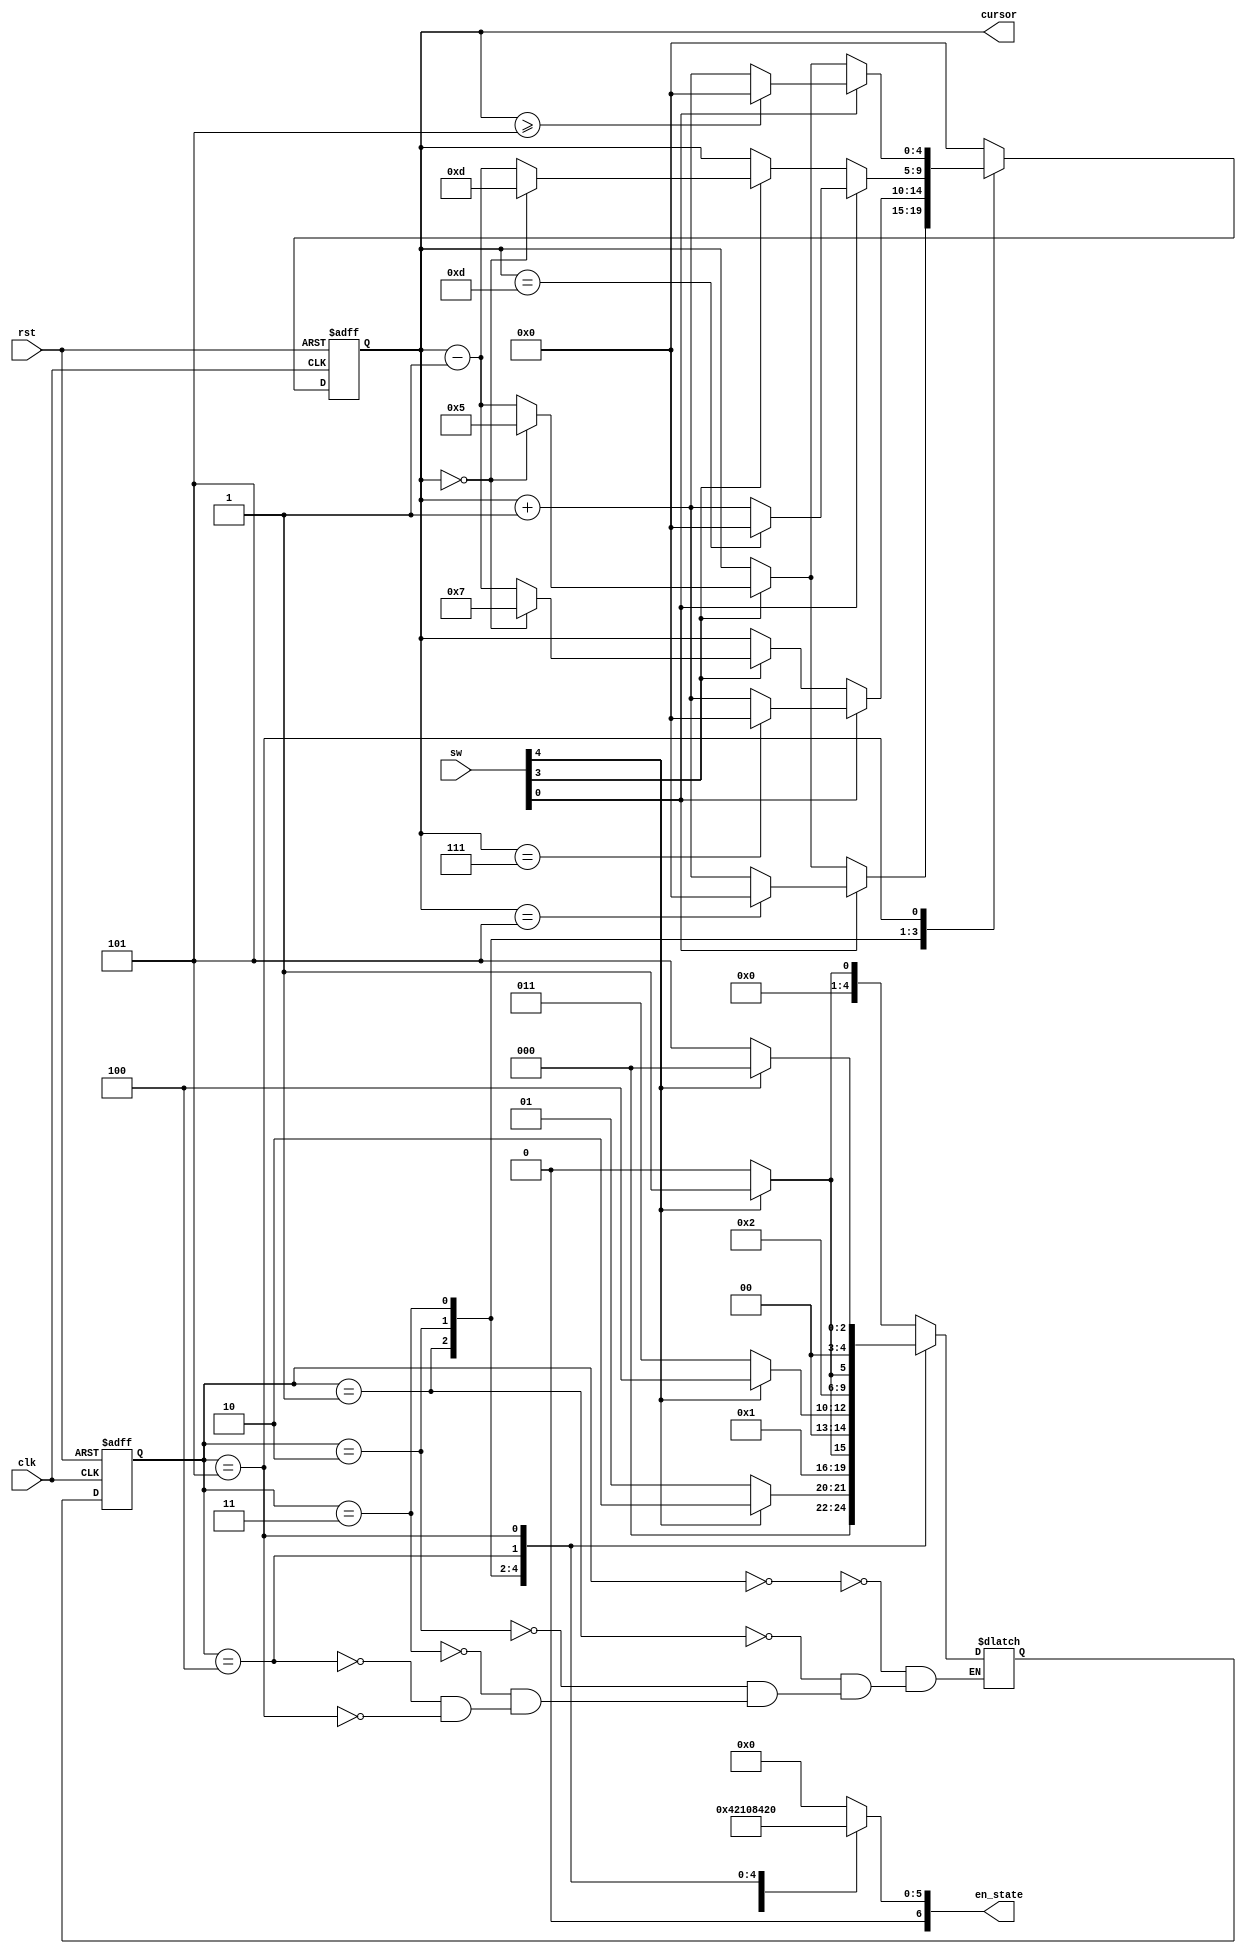
module fsm (
	clk, rst,
	sw,
	en_state,
	cursor
    );
	 input   clk, rst;
    input   [4:0] sw;
    output  [6:0] en_state;
    output  [4:0] cursor;

	 
	 wire          clk, rst;
    wire    [4:0] sw;
	 reg     [6:0] en_state;
    reg     [4:0] cursor;
    
   parameter  	WATCH 		= 3'b000;
	parameter	SET_WATCH	= 3'b001;
	parameter	SET_DATE		= 3'b010;	
	parameter	ALARM			= 3'b011;	
	parameter	STOP_WATCH	= 3'b100;
	parameter	TIMER			= 3'b101;
    
	reg [4:0]   state, next;

    // FSM
    always @(posedge clk or negedge rst) begin
        if (!rst)
            state <= WATCH;
        else
            state <= next;
    end

    always @(*) begin
       case (state)
            WATCH : begin
                if (sw[4])
                    next    <= SET_WATCH;
                else
                    next    <= WATCH;
            end

            SET_WATCH : begin
                if (sw[4])
                    next    <= SET_DATE;
                else
                    next    <= SET_WATCH;
            end

            SET_DATE : begin
                if (sw[4])
                    next    <= ALARM;
                else
                    next    <= SET_DATE;
            end
				
				ALARM : begin
					if (sw[4])
                    next    <= STOP_WATCH;
               else
                    next    <= ALARM;				
				end
				
				STOP_WATCH : begin
					if (sw[4])
                    next    <= TIMER;
               else
                    next    <= STOP_WATCH;				
				end
				
				TIMER		  : begin
					if (sw[4])
                    next    <= WATCH;
               else
                    next    <= TIMER;				
				end
				
        endcase
		
    end


	 
    always @(state) begin
        case(state)
            WATCH     : en_state    <= 6'b000001;
            SET_WATCH : en_state    <= 6'b000010;
            SET_DATE  : en_state    <= 6'b000100;
				ALARM 	 : en_state		<= 6'b001000;
				STOP_WATCH: en_state		<= 6'b010000;
				TIMER		 :	en_state		<= 6'b100000;
				default	 : en_state		<= 0;
        endcase
    end

	 
	always @(posedge clk or negedge rst) begin
		if (!rst)
			cursor  <= 0;
		else begin
			case(state)
				SET_WATCH : begin
					if (sw[0])
						if (cursor == 4'd5)
							cursor  <= 0;
						else
							cursor  <= cursor + 1'd1;
					else if (sw[3])
						if (cursor == 4'd0)
							cursor  <= 4'd5;
						else
							cursor  <= cursor - 1'd1;
				end
				SET_DATE : begin
					if (sw[0])
						if (cursor == 4'd7)
							cursor  <= 0;
						else
							cursor  <= cursor + 1'd1;
					else if (sw[3])
						if (cursor == 4'd0)
							cursor  <= 4'd7;
						else
							cursor  <= cursor - 1'd1;
				end
				ALARM : begin
					if (sw[0])
						if (cursor == 5'd13)
							cursor  <= 0;
						else
							cursor  <= cursor + 1'd1;
					else if (sw[3])
						if (cursor == 5'd0)
							cursor  <= 5'd13;
						else
							cursor  <= cursor - 1'd1;
				end
				TIMER : begin
					if (sw[0])
						if (cursor >= 4'd5)
							cursor  <= 0;
						else
							cursor  <= cursor + 1'd1;
					else if (sw[3])
						if (cursor == 4'd0)
							cursor  <= 4'd5;
						else
							cursor  <= cursor - 1'd1;
				end
					 
				default : cursor <= 0;
			endcase
		end
	end

endmodule